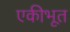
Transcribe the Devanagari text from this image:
एकीभूत